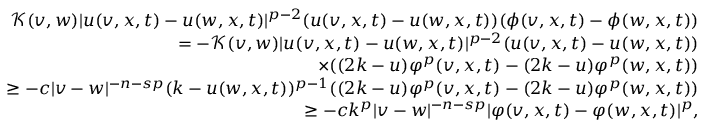
\begin{array} { r l r } & { } & { \mathcal { K } ( v , w ) \lvert u ( v , x , t ) - u ( w , x , t ) \rvert ^ { p - 2 } ( u ( v , x , t ) - u ( w , x , t ) ) ( \phi ( v , x , t ) - \phi ( w , x , t ) ) } \\ & { } & { \quad = - \mathcal { K } ( v , w ) \lvert u ( v , x , t ) - u ( w , x , t ) \rvert ^ { p - 2 } ( u ( v , x , t ) - u ( w , x , t ) ) } \\ & { } & { \quad \quad \times ( ( 2 k - u ) \varphi ^ { p } ( v , x , t ) - ( 2 k - u ) \varphi ^ { p } ( w , x , t ) ) } \\ & { } & { \quad \ge - c \lvert v - w \rvert ^ { - n - s p } ( k - u ( w , x , t ) ) ^ { p - 1 } ( ( 2 k - u ) \varphi ^ { p } ( v , x , t ) - ( 2 k - u ) \varphi ^ { p } ( w , x , t ) ) } \\ & { } & { \quad \geq - c k ^ { p } \lvert v - w \rvert ^ { - n - s p } \lvert \varphi ( v , x , t ) - \varphi ( w , x , t ) \rvert ^ { p } , } \end{array}